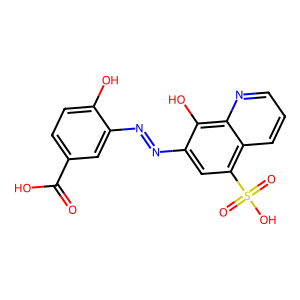
SMILES: O=C(O)c1ccc(O)c(N=Nc2cc(S(=O)(=O)O)c3cccnc3c2O)c1
Inhibits HIV replication: No